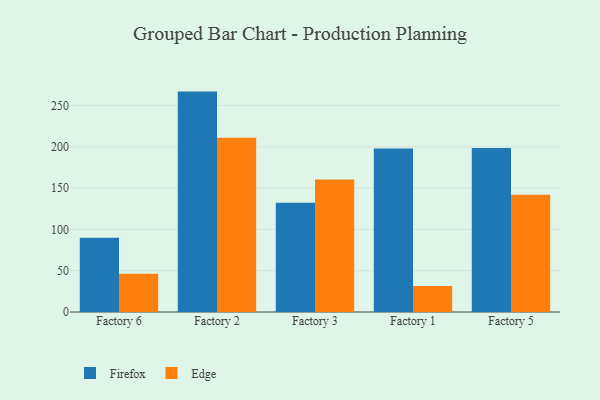
{"axis": {"x": "Factory", "y": "Backlog"}, "legend": ["Edge", "Firefox"], "data": [{"x": "Factory 6", "y": 90.0, "type": "Firefox"}, {"x": "Factory 6", "y": 46.2, "type": "Edge"}, {"x": "Factory 2", "y": 266.8, "type": "Firefox"}, {"x": "Factory 2", "y": 211.0, "type": "Edge"}, {"x": "Factory 3", "y": 132.1, "type": "Firefox"}, {"x": "Factory 3", "y": 160.3, "type": "Edge"}, {"x": "Factory 1", "y": 197.8, "type": "Firefox"}, {"x": "Factory 1", "y": 31.4, "type": "Edge"}, {"x": "Factory 5", "y": 198.4, "type": "Firefox"}, {"x": "Factory 5", "y": 142.0, "type": "Edge"}]}